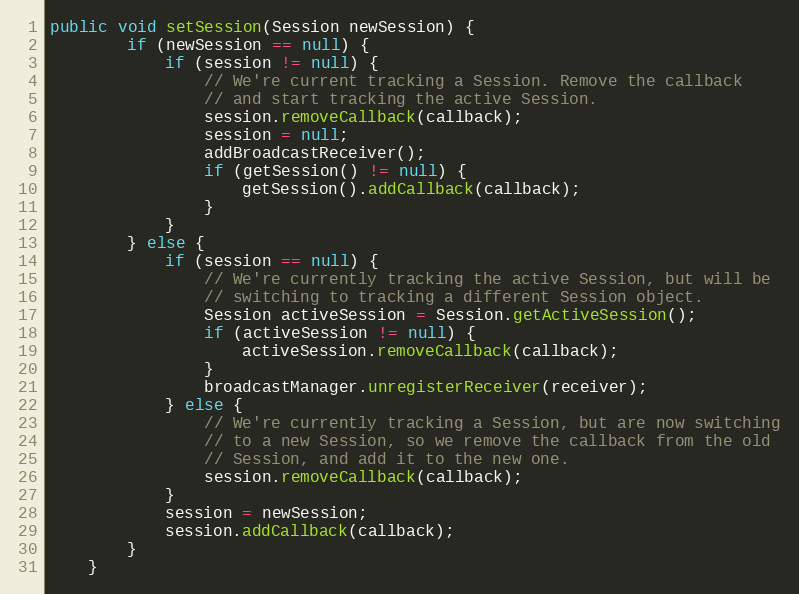
Language: Java
public void setSession(Session newSession) {
        if (newSession == null) {
            if (session != null) {
                // We're current tracking a Session. Remove the callback
                // and start tracking the active Session.
                session.removeCallback(callback);
                session = null;
                addBroadcastReceiver();
                if (getSession() != null) {
                    getSession().addCallback(callback);
                }
            }
        } else {
            if (session == null) {
                // We're currently tracking the active Session, but will be
                // switching to tracking a different Session object.
                Session activeSession = Session.getActiveSession();
                if (activeSession != null) {
                    activeSession.removeCallback(callback);
                }
                broadcastManager.unregisterReceiver(receiver);
            } else {
                // We're currently tracking a Session, but are now switching
                // to a new Session, so we remove the callback from the old
                // Session, and add it to the new one.
                session.removeCallback(callback);
            }
            session = newSession;
            session.addCallback(callback);
        }
    }